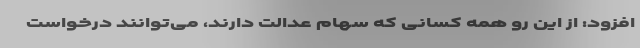
افزود: از این رو همه کسانی که سهام عدالت دارند، می‌توانند درخواست